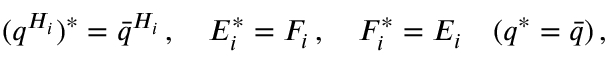
( q ^ { H _ { i } } ) ^ { * } = { \bar { q } } ^ { H _ { i } } \, , \quad E _ { i } ^ { * } = F _ { i } \, , \quad F _ { i } ^ { * } = E _ { i } \quad ( q ^ { * } = \bar { q } ) \, ,